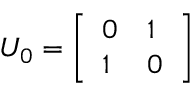
U _ { 0 } = { \left[ \begin{array} { l l } { 0 } & { 1 } \\ { 1 } & { 0 } \end{array} \right] }